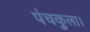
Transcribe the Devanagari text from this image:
पंचकुला।